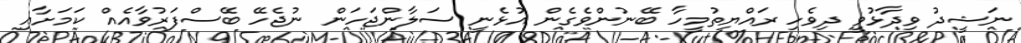
ނަޝީދު ވިދާޅުވީ ދިވެހި ރައްޔިތުމީހާ ބޭނުންވެގެން އުޅެނީ ސަލާންޖަހަން ނުޖެހޭ ބޭސްފަރުވާއެއް ކަމަށާއި